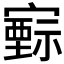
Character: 𡫚